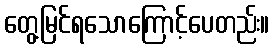
တွေ့မြင်ရသောကြောင့်ပေတည်း။